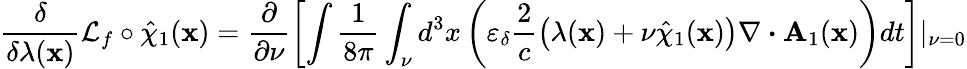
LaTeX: \frac{\delta}{\delta\lambda(\textbf{x})}{\cal L}_{f}\circ\hat{\chi}_{1}(\textbf{x})=\frac{\partial}{\partial\nu}\left[\intop\frac{1}{8\pi}\int_{\nu}d^{3}x\left(\varepsilon_{\delta}\frac{2}{c}\left(\lambda(\textbf{x})+\nu\hat{\chi}_{1}(\textbf{x})\right)\nabla\boldsymbol{\cdot}\textbf{A}_{1}(\textbf{x})\right)dt\right]|_{\nu=0}